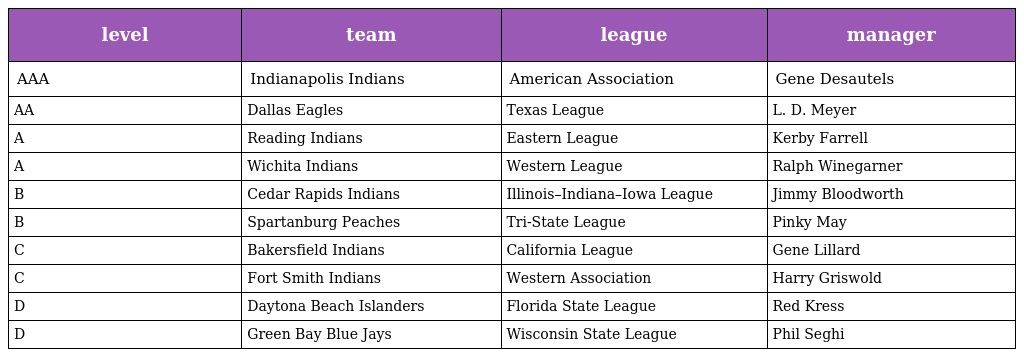
| level | team | league | manager |
 | --- | --- | --- | --- |
 | AAA | Indianapolis Indians | American Association | Gene Desautels |
 | AA | Dallas Eagles | Texas League | L. D. Meyer |
 | A | Reading Indians | Eastern League | Kerby Farrell |
 | A | Wichita Indians | Western League | Ralph Winegarner |
 | B | Cedar Rapids Indians | Illinois–Indiana–Iowa League | Jimmy Bloodworth |
 | B | Spartanburg Peaches | Tri-State League | Pinky May |
 | C | Bakersfield Indians | California League | Gene Lillard |
 | C | Fort Smith Indians | Western Association | Harry Griswold |
 | D | Daytona Beach Islanders | Florida State League | Red Kress |
 | D | Green Bay Blue Jays | Wisconsin State League | Phil Seghi |